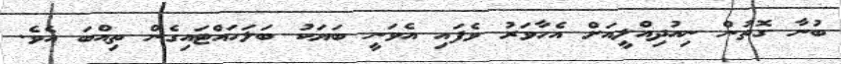
ބުނާ ގޮތުން ނިއުދިއްލީއަށް އެހާވަރު ވެފައި އެވަނީ ބަޔަކު ބަލަހައްޓައިގެން ތިއްބަ އެވެ.